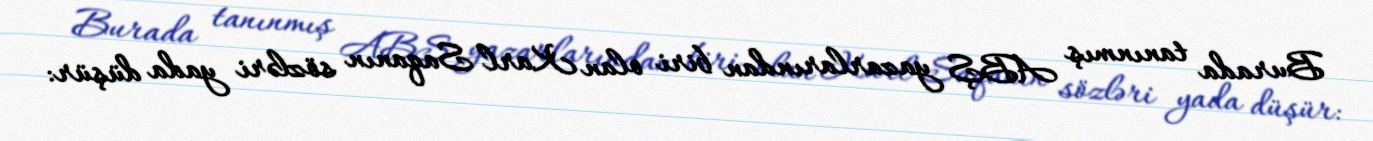
Burada tanınmış ABŞ yazarlarından biri olan Karl Saqanın sözləri yada düşür: